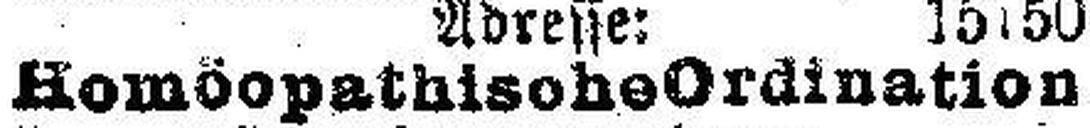
Homöopathische Ordination